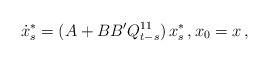
LaTeX: \begin{align*}\dot x_s^*& = (A + B B' Q_{t-s}^{11} ) \, x_s^*\,,x_0 = x\,,\end{align*}